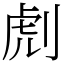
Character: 䖌